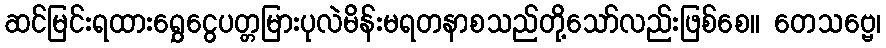
ဆင်မြင်းရထားရွှေငွေပတ္တမြားပုလဲမိန်းမရတနာစသည်တို့သော်လည်းဖြစ်စေ။ တေသဗ္ဗေ၊